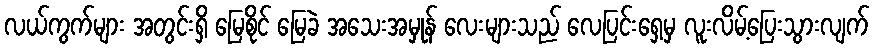
လယ်ကွက်များ အတွင်းရှိ မြေစိုင် မြေခဲ အသေးအမှုန် လေးများသည် လေပြင်းရှေ့မှ လူးလိမ့်ပြေးသွားလျက်